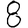
Digit: 8